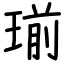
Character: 瑐